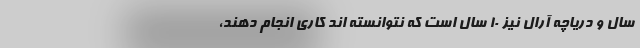
سال و دریاچه آرال نیز ۱۰ سال است که نتوانسته اند کاری انجام دهند،